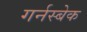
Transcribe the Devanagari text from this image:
गर्नस्बेक